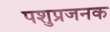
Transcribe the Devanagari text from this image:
पशुप्रजनक